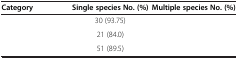
<table><thead><tr><td><b>Category</b></td><td><b>Single species No. (%)</b></td><td><b>Multiple species No. (%)</b></td></tr></thead><tbody><tr><td>[EMPTY_CELL]</td><td>30 (93.75)</td><td>[EMPTY_CELL]</td></tr><tr><td>[EMPTY_CELL]</td><td>21 (84.0)</td><td>[EMPTY_CELL]</td></tr><tr><td>[EMPTY_CELL]</td><td>51 (89.5)</td><td>[EMPTY_CELL]</td></tr></tbody></table>